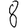
Digit: 8